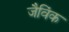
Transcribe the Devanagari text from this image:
जैविंक